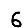
Digit: 6